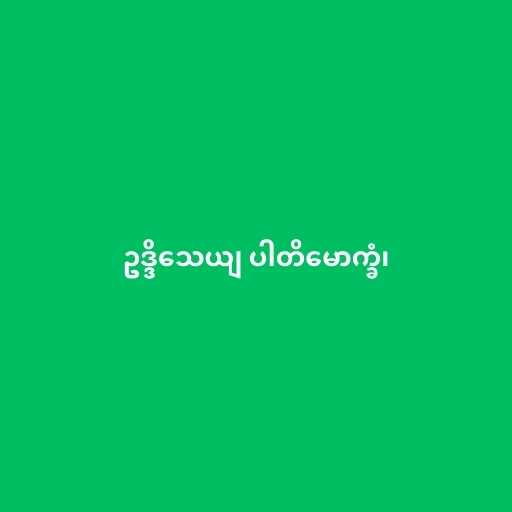
ဥဒ္ဒိသေယျ ပါတိမောက္ခံ၊